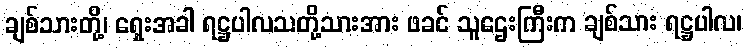
ချစ်သားတို့၊ ရှေးအခါ ရဋ္ဌပါလသတို့သားအား ဖခင် သူဌေးကြီးက ချစ်သား ရဋ္ဌပါလ၊